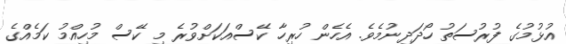
އުޅުމުގެ ފުރުސަތު ހޯދަދިނުމެވެ. އެހެން ހުރިހާ ކޭސްއަކަށްވުރެ މި ކޭސް މުހިއްމު ކަމެއްގެ